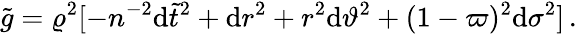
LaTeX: {\tilde{g}}=\varrho^{2}[-n^{-2}\mathrm{d}{\tilde{t}}^{2}+\mathrm{d}r^{2}+r^{2}\mathrm{d}\vartheta^{2}+(1-\varpi)^{2}\mathrm{d}\sigma^{2}]\, .